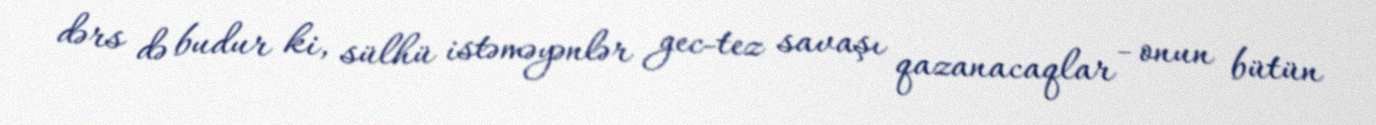
dərs də budur ki, sülhü istəməyənlər gec-tez savaşı qazanacaqlar - onun bütün